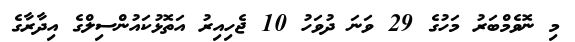
މި ނޮވެމްބަރު މަހުގެ 29 ވަނަ ދުވަހު 10 ޖެހިއިރު އަތޮޅުކައުންސިލްގެ އިދާރާގެ